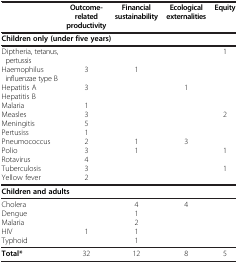
<table><thead><tr><td><b> </b></td><td><b>Outcome- related productivity</b></td><td><b>Financial sustainability</b></td><td><b>Ecological externalities</b></td><td><b>Equity</b></td></tr></thead><tbody><tr><td colspan="5"><b>Children only (under five years)</b></td></tr><tr><td>Diptheria, tetanus,pertussis</td><td> </td><td> </td><td> </td><td>1</td></tr><tr><td>Haemophilusinfluenzae type B</td><td>3</td><td>1</td><td> </td><td> </td></tr><tr><td>Hepatitis A</td><td>3</td><td> </td><td>1</td><td> </td></tr><tr><td>Hepatitis B</td><td> </td><td> </td><td> </td><td> </td></tr><tr><td>Malaria</td><td>1</td><td> </td><td> </td><td> </td></tr><tr><td>Measles</td><td>3</td><td> </td><td> </td><td>2</td></tr><tr><td>Meningitis</td><td>5</td><td> </td><td> </td><td> </td></tr><tr><td>Pertusiss</td><td>1</td><td> </td><td> </td><td> </td></tr><tr><td>Pneumococcus</td><td>2</td><td>1</td><td>3</td><td> </td></tr><tr><td>Polio</td><td>3</td><td>1</td><td> </td><td>1</td></tr><tr><td>Rotavirus</td><td>4</td><td> </td><td> </td><td> </td></tr><tr><td>Tuberculosis</td><td>3</td><td> </td><td> </td><td>1</td></tr><tr><td>Yellow fever</td><td>2</td><td> </td><td> </td><td> </td></tr><tr><td colspan="5"><b>Children and adults</b></td></tr><tr><td>Cholera</td><td> </td><td>4</td><td>4</td><td> </td></tr><tr><td>Dengue</td><td> </td><td>1</td><td> </td><td> </td></tr><tr><td>Malaria</td><td> </td><td>2</td><td> </td><td> </td></tr><tr><td>HIV</td><td>1</td><td>1</td><td> </td><td> </td></tr><tr><td>Typhoid</td><td> </td><td>1</td><td> </td><td> </td></tr><tr><td><b>Total*</b></td><td>32</td><td>12</td><td>8</td><td>5</td></tr></tbody></table>